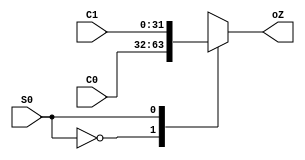
///////////////////////////////////////////////////////////////////////////////
// Type: Module
// Project: MIPS Pipeline CPU 54 Instructions
// Description: 
//
///////////////////////////////////////////////////////////////////////////////
`timescale 1ns / 1ps

module mux_2_32(
    input [31:0] C0,
    input [31:0] C1,
    input S0,
    output reg [31:0] oZ
    );

    always @ (C0 or C1 or S0) begin
        case(S0)
            1'b0: oZ <= C0;
            1'b1: oZ <= C1;
        endcase
   end
   
endmodule